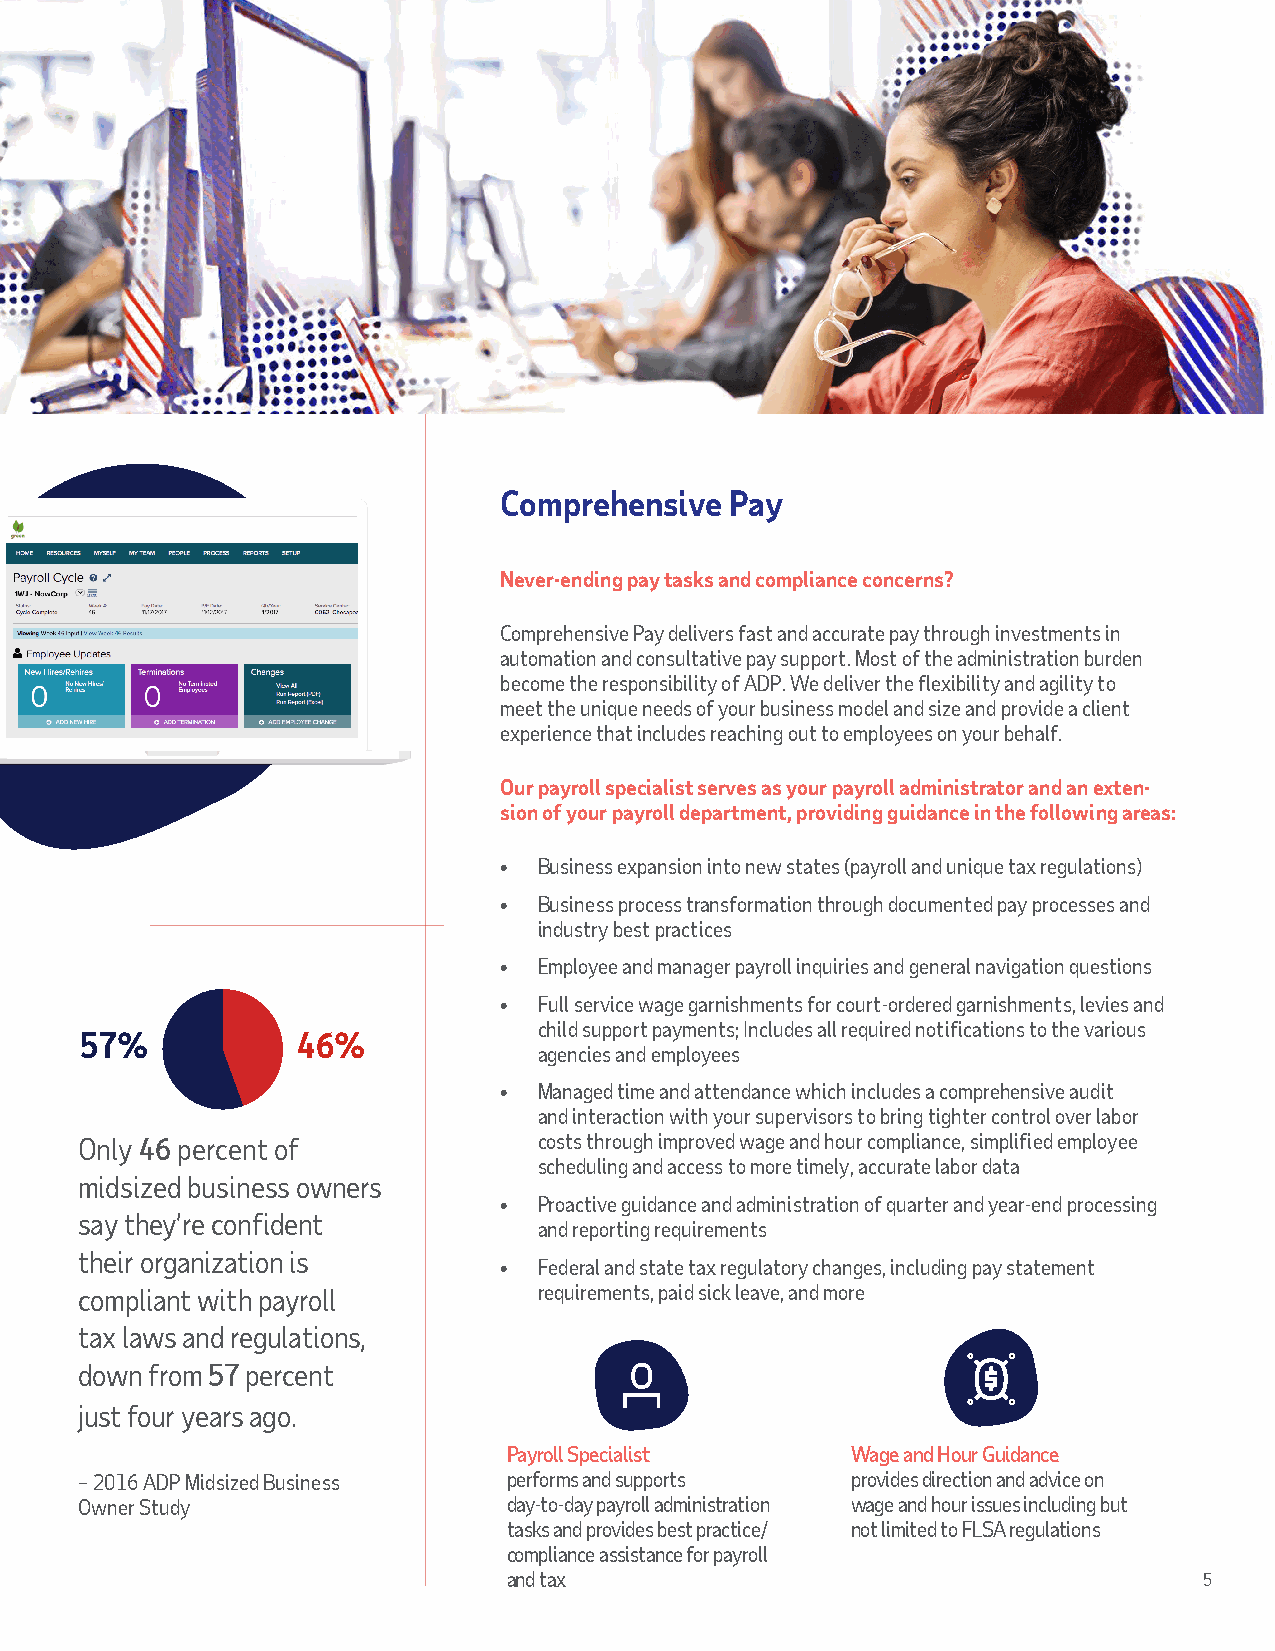
Comprehensive  Pay
 Never-ending pay tasks and compliance concerns?
 Comprehensive Pay delivers fast and accurate pay through investments in
 automation and consultative pay support. Most of the administration burden
 become the responsibility of ADP. We deliver the flexibility and agility to
 meet the unique needs of your business model and size and provide a client
 experience that includes reaching out to employees on your behalf.
 Our payroll specialist serves as your payroll administrator and an exten-
 sion of your payroll department, providing guidance in the following areas:
 •  Business expansion into new states (payroll and unique tax regulations)
 •  Business process transformation through documented pay processes and
 industry best practices
 •  Employee and manager payroll inquiries and general navigation questions
 •  Full service wage garnishments for court-ordered garnishments, levies and
 child support payments; Includes all required notifications to the various
 57%            46%
 agencies and employees
 •  Managed time and attendance which includes a comprehensive audit
 and interaction with your supervisors to bring tighter control over labor
 Only 46 percent of             costs through improved wage and hour compliance, simplified employee
 scheduling and access to more timely, accurate labor data
 midsized business owners
 •  Proactive guidance and administration of quarter and year-end processing
 say they’re confident
 and reporting requirements
 their organization is
 •  Federal and state tax regulatory changes, including pay statement
 compliant with payroll         requirements, paid sick leave, and more
 tax laws and regulations,
 down from 57 percent
 just four years ago.
 Payroll Specialist    Wage and Hour Guidance
 – 2016 ADP Midsized Business performs and supports provides direction and advice on
 Owner Study                  day-to-day payroll administration wage and hour issues including but
 tasks and provides best practice/ not limited to FLSA regulations
 compliance assistance for payroll
 and tax                                       5